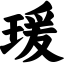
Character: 瑗